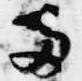
両